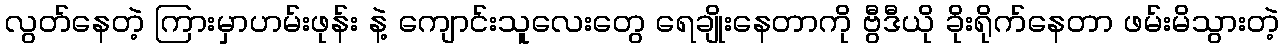
လွတ်နေတဲ့ ကြားမှာဟမ်းဖုန်း နဲ့ ကျောင်းသူလေးတွေ ရေချိုးနေတာကို ဗွီဒီယို ခိုးရိုက်နေတာ ဖမ်းမိသွားတဲ့